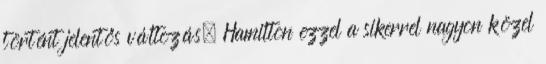
történt jelentős változás, Hamilton ezzel a sikerrel nagyon közel